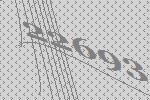
22693